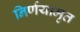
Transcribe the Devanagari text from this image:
निर्णयामृत